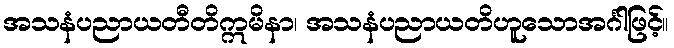
အသနံပညာယတီတိဣမိနာ၊ အသနံပညာယတိဟူသောအင်္ဂါဖြင့်။